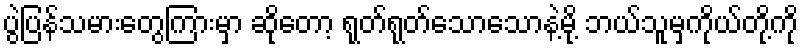
ပွဲပြန်သမားတွေကြားမှာ ဆိုတော့ ရုတ်ရုတ်သောသောနဲ့မို့ ဘယ်သူမှကိုယ်တို့ကို